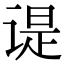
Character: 𬤊